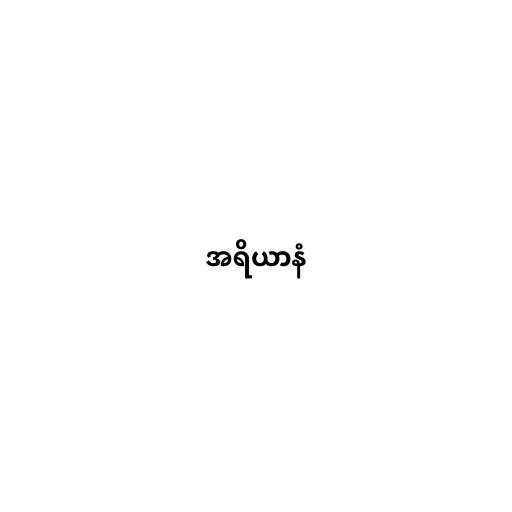
အရိယာနံ